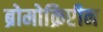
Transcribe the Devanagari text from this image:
ब्रोमोक्रिप्टीन